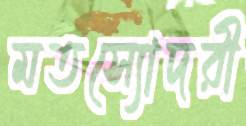
মতস্যোদরী